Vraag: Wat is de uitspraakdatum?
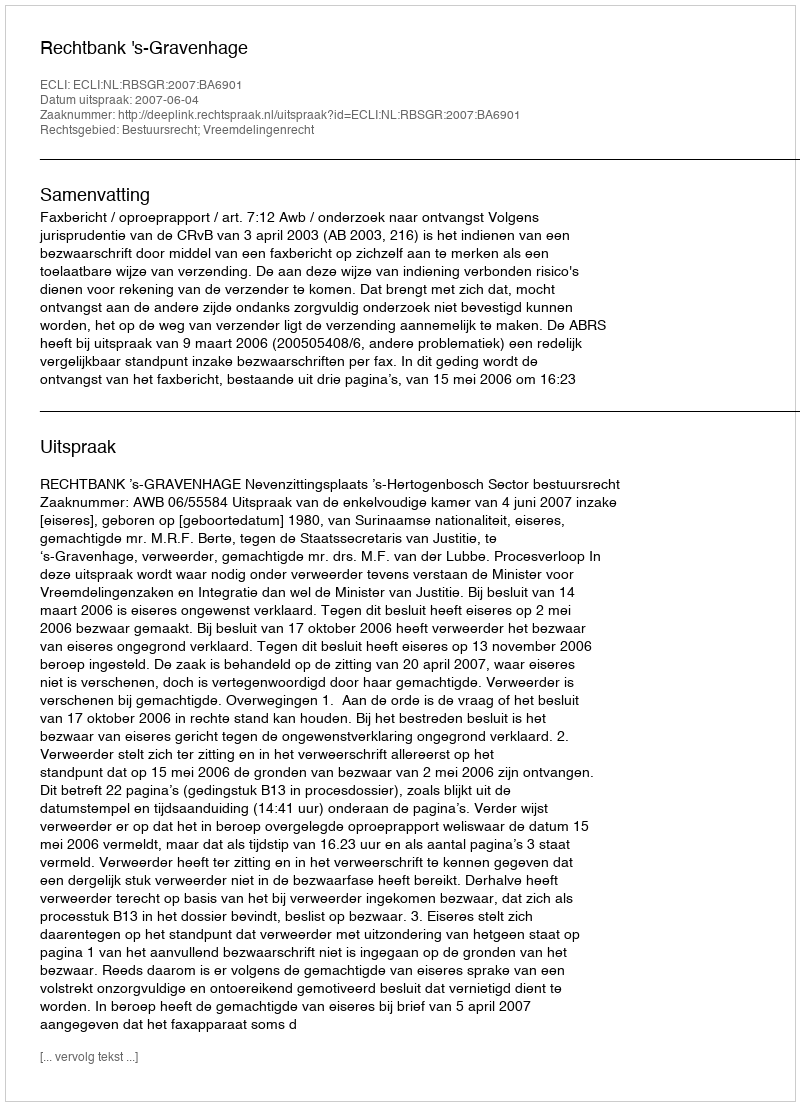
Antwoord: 2007-06-04